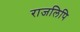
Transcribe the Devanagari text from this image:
राजलिपि